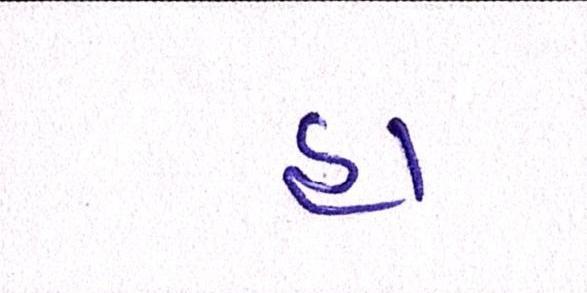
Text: હા